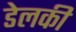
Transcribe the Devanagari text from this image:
डेलकी